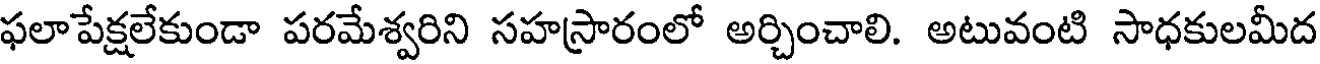
ఫలాపేక్షలేకుండా పరమేశ్వరిని సహస్రారంలో అర్చించాలి. అటువంటి సాధకులమీద